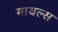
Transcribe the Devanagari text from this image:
मायल्स